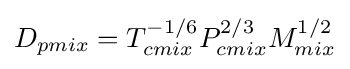
D_{pmix}=T_{cmix}^{-1/6}P_{cmix}^{2/3}M_{mix}^{1/2}